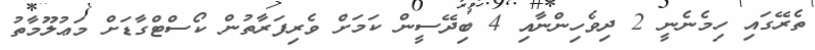
ތެރޭގައި ހިމެނެނީ 2 ދިވެހިންނާއި 4 ބިދޭސީން ކަމަށް ވެރިފަރާތުން ކޯސްޓްގާޑަށް މަޢުލޫމާތު